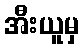
အီးယူမှ